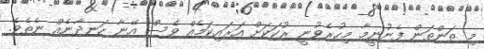
މި ތަންތަން ފެނުނީމާ މިހުރެވުނީ ރުކަކަށް އަރައިކަމެއް ވެސް އޭނާ ހަނދާނެއް ނެތެވެ.